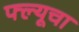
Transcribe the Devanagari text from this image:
फ्ल्यूचा